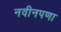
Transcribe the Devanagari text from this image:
नवीनपणा